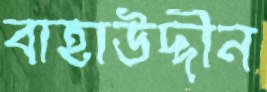
বাহাউদ্দীন